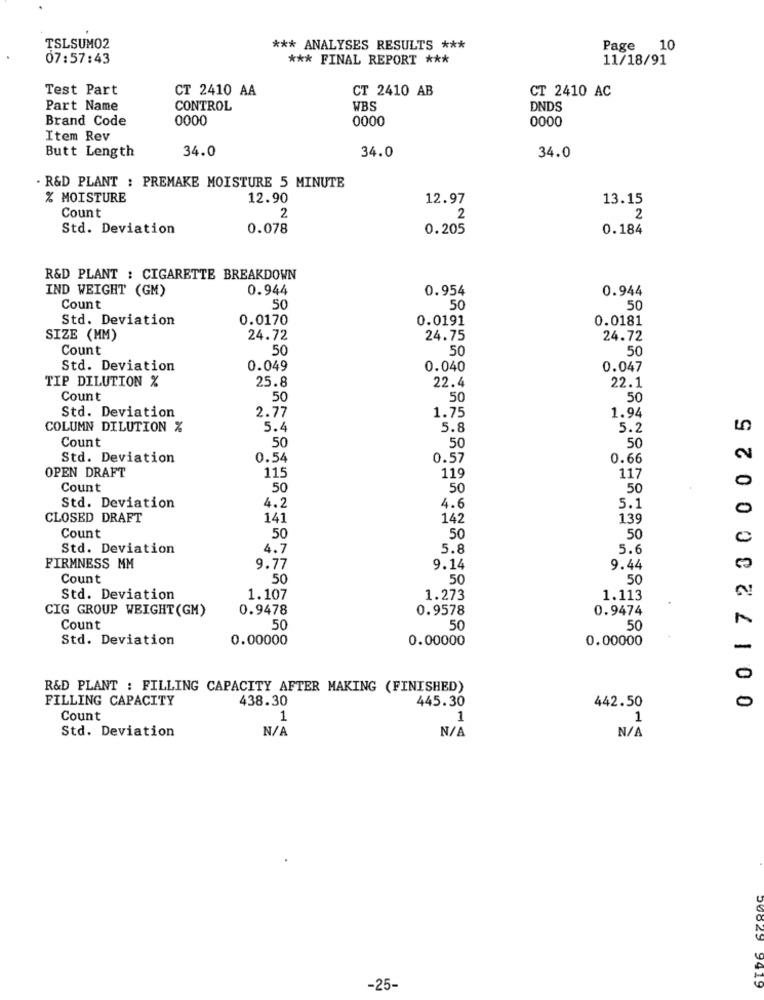
TSLSUM02
*** ANALYSES RESULTS ***
Page 10
07:57:43
*** FINAL REPORT ***
11/18/91
Test Part
CT 2410 AA
CT 2410 AB
CT 2410 AC
Part Name
CONTROL
WBS
DNDS
Brand Code
0000
0000
0000
Item Rev
Butt Length
34.0
34.0
34.0
. R&D PLANT : PREMAKE MOISTURE 5 MINUTE
% MOISTURE
12.90
12.97
13.15
Count
2
2
2
Std. Deviation
0.078
0.205
0.184
R&D PLANT : CIGARETTE BREAKDOWN
IND WEIGHT (GM)
0.944
0.954
0.944
Count
50
50
50
Std. Deviation
0.0170
0.0191
0.0181
SIZE (MM)
24.72
24.75
24.72
Count
50
50
50
Std. Deviation
0.049
0.040
0.047
TIP DILUTION %
22.4
25.8
22.1
Count
50
50
50
2.77
1.75
3 0 0 0 25
Std. Deviation
1.94
COLUMN DILUTION %
5.4
5.8
5.2
Count
50
50
50
Std. Deviation
0.54
0.57
0.66
117
OPEN DRAFT
115
119
0
Count
50
50
50
Std. Deviation
4.2
4.6
5.1
0
CLOSED DRAFT
141
142
139
Count
50
50
50
Std. Deviation
4.7
5.8
5.6
FIRMNESS MM
9.77
9.14
9.44
Count
50
50
50
Std. Deviation
1.107
1.273
1.113
CIG GROUP WEIGHT (GM)
0.9478
0.9578
0.9474
Count
50
50
50
Std. Deviation
0.00000
0.00000
0.00000
-
R&D PLANT : FILLING CAPACITY AFTER MAKING (FINISHED)
FILLING CAPACITY
438.30
445.30
0
442.50
22100
Count
1
1
. 1
Std. Deviation
-25-
20025 9419